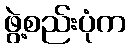
ဖွဲ့စည်းပုံက